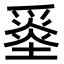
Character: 𡐼